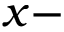
x -